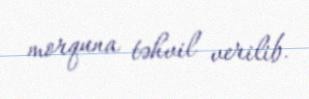
morquna təhvil verilib.